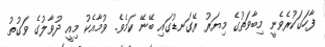
ފާހަގަކުރެވެނީ މިބާވަތުގެ މިޔަރު ރޭގަނޑުގައި ބޭނޭ ކަމެވެ. ވުމާއެކު މިއީ ދުވާލުގެ ވަގުތު